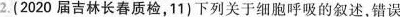
2.(2020届吉林长春质检，11)下列关于细胞呼吸的叙述，错误